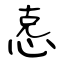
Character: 怘